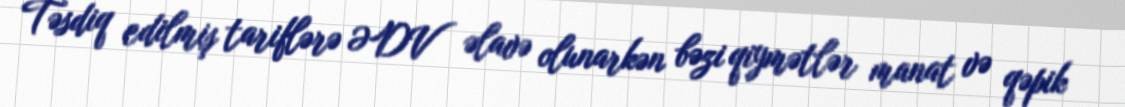
Təsdiq edilmiş tariflərə ƏDV əlavə olunarkən bəzi qiymətlər manat və qəpik